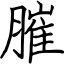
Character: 膗